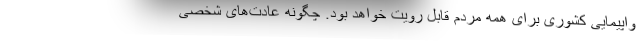
واپیمایی کشوری برای همه مردم قابل رویت خواهد بود. چگونه عادت‌های شخصی